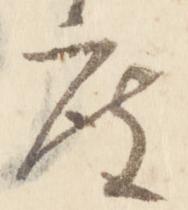
度